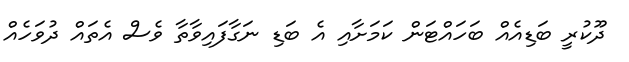
ދޫކުރީ ބަޑިއެއް ބަހައްޓަން ކަމަށާއި އެ ބަޑި ނަގާފައިވާތާ ވެސް އެތައް ދުވަހެއް